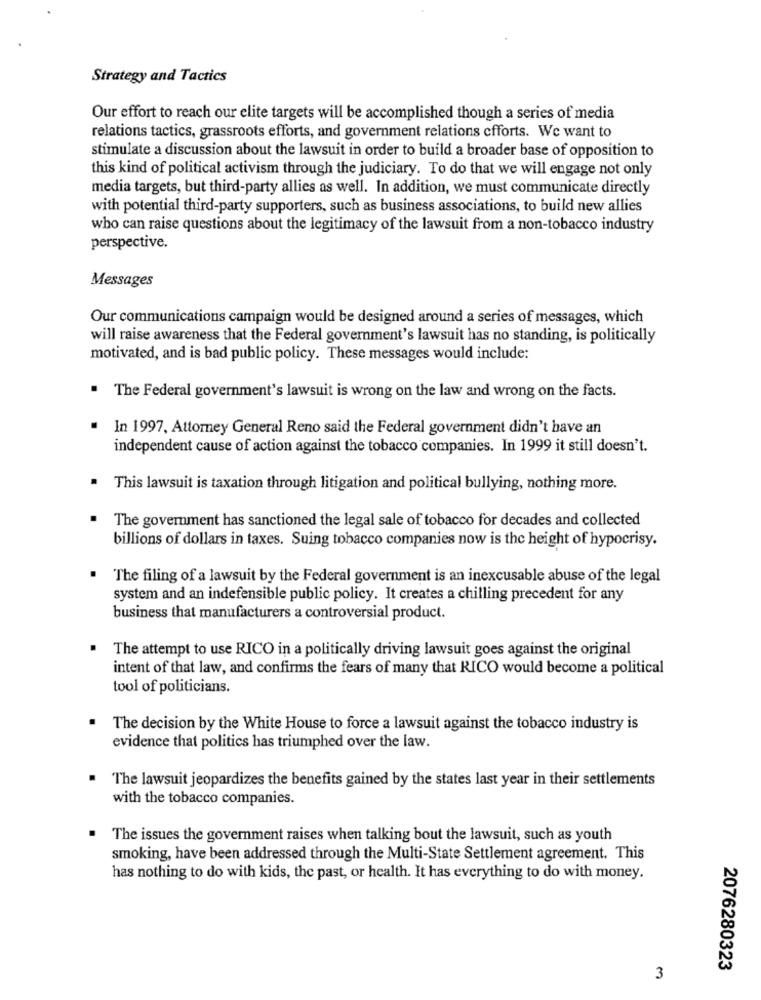
Strategy and Tactics
Our effort to reach our elite targets will be accomplished though a series of media
relations tactics, grassroots efforts, and government relations cfforts. We want to
stimulate a discussion about the lawsuit in order to build a broader base of opposition to
this kind of political activism through the judiciary. To do that we will engage not only
media targets, but third-party allies as well. In addition, we must communicate directly
with potential third-party supporters, such as business associations, to build new allies
who can raise questions about the legitimacy of the lawsuit from a non-tobacco industry
perspective.
Messages
Our communications campaign would be designed around a series of messages, which
will raise awareness that the Federal government's lawsuit has no standing, is politically
motivated, and is bad public policy. These messages would include:
.
The Federal government's lawsuit is wrong on the law and wrong on the facts.
. In 1997, Attorney General Reno said the Federal government didn't have an
independent cause of action against the tobacco companies. In 1999 it still doesn't.
.
This lawsuit is taxation through litigation and political bullying, nothing more.
The government has sanctioned the legal sale of tobacco for decades and collected
billions of dollars in taxes. Suing tobacco companies now is the height of hypocrisy.
The filing of a lawsuit by the Federal government is an inexcusable abuse of the legal
system and an indefensible public policy. It creates a chilling precedent for any
business that manufacturers a controversial product.
The attempt to use RICO in a politically driving lawsuit goes against the original
intent of that law, and confirms the fears of many that RICO would become a political
tool of politicians.
The decision by the White House to force a lawsuit against the tobacco industry is
evidence that politics has triumphed over the law.
The lawsuit jeopardizes the benefits gained by the states last year in their settlements
with the tobacco companies.
The issues the government raises when talking bout the lawsuit, such as youth
smoking, have been addressed through the Multi-State Settlement agreement. This
has nothing to do with kids, the past, or health. It has everything to do with money.
2076280323
3